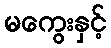
မကွေးနှင့်